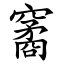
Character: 䆷